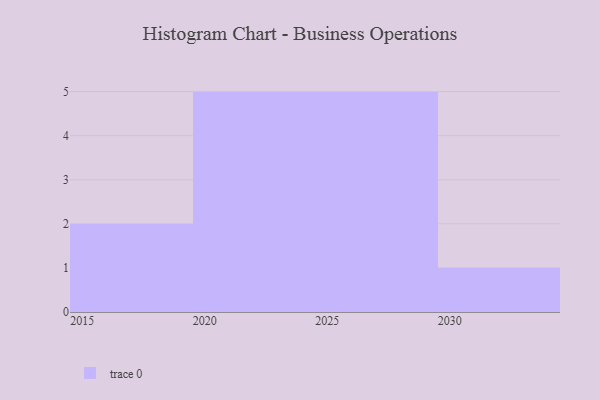
{"axis": {"x": "Year", "y": "Conversion Rate (%)"}, "legend": [""], "data": [{"x": "2018", "y": 100, "type": ""}, {"x": "2030", "y": 58, "type": ""}, {"x": "2029", "y": 5, "type": ""}, {"x": "2020", "y": 11, "type": ""}, {"x": "2024", "y": 94, "type": ""}, {"x": "2021", "y": 63, "type": ""}, {"x": "2017", "y": 8, "type": ""}, {"x": "2025", "y": 73, "type": ""}, {"x": "2022", "y": 75, "type": ""}, {"x": "2023", "y": 12, "type": ""}, {"x": "2026", "y": 1, "type": ""}, {"x": "2028", "y": 81, "type": ""}, {"x": "2027", "y": 29, "type": ""}]}